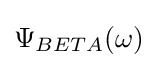
\Psi _{BETA}(\omega )